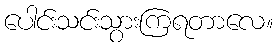
ပေါင်းသင်းသွားကြရတာလေ။